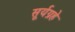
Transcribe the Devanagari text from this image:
सूर्यग्रहे